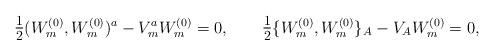
LaTeX: \begin{align*}\hbox{\large $\frac{1}{2}$} ( W^{(0)}_m, W^{(0)}_m)^a - V_m^a W^{(0)}_m = 0,\qquad\hbox{\large $\frac{1}{2}$} \{ W^{(0)}_m, W^{(0)}_m \}_A - V_A W^{(0)}_m = 0,\end{align*}